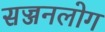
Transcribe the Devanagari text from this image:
सज्जनलोग